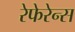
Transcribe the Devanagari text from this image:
रेफेरेन्‍स